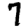
Digit: 7